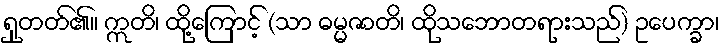
ရှုတတ်၏။ ဣတိ၊ ထို့ကြောင့် (သာ ဓမ္မဇာတိ၊ ထိုသဘောတရားသည်) ဥပေက္ခာ၊